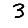
Digit: 3